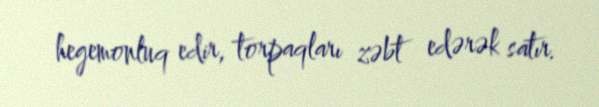
hegemonluq edir, torpaqları zəbt edərək satır.